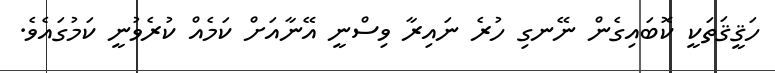
ހަޤީޤަތަކީ ކޮބައިގެން ނޭނގި ހުރެ ނައިރާ ވިސްނީ އޭނާއަށް ކަމެއް ކުރެވުނީ ކަމުގައެވެ.